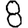
Digit: 8